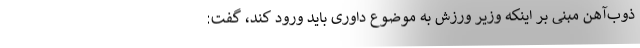
ذوب‌آهن مبنی بر اینکه وزیر ورزش به موضوع داوری باید ورود کند، گفت: